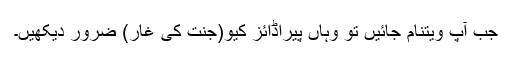
جب آپ ویتنام جائیں تو وہاں پیراڈائز کیو(جنت کی غار) ضرور دیکھیں۔